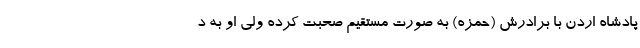
پادشاه اردن با برادرش (حمزه) به صورت مستقیم صحبت کرده ولی او به د